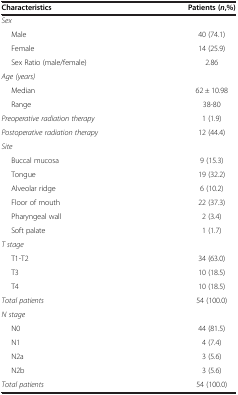
| Characteristics | Patients ( n ,%) |
 | --- | --- |
 | Sex |  |
 | Male | 40 (74.1) |
 | Female | 14 (25.9) |
 | Sex Ratio (male/female) | 2.86 |
 | Age (years) |  |
 | Median | 62 ± 10.98 |
 | Range | 38-80 |
 | Preoperative radiation therapy | 1 (1.9) |
 | Postoperative radiation therapy | 12 (44.4) |
 | Site |  |
 | Buccal mucosa | 9 (15.3) |
 | Tongue | 19 (32.2) |
 | Alveolar ridge | 6 (10.2) |
 | Floor of mouth | 22 (37.3) |
 | Pharyngeal wall | 2 (3.4) |
 | Soft palate | 1 (1.7) |
 | T stage |  |
 | T1-T2 | 34 (63.0) |
 | T3 | 10 (18.5) |
 | T4 | 10 (18.5) |
 | Total patients | 54 (100.0) |
 | N stage |  |
 | N0 | 44 (81.5) |
 | N1 | 4 (7.4) |
 | N2a | 3 (5.6) |
 | N2b | 3 (5.6) |
 | Total patients | 54 (100.0) |